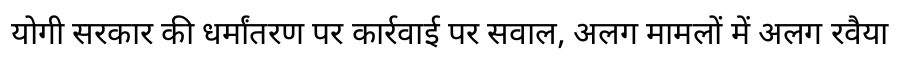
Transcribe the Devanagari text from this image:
योगी सरकार की धर्मांतरण पर कार्रवाई पर सवाल, अलग मामलों में अलग रवैया